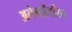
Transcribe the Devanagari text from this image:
अलेक्ज़ेंडरिन